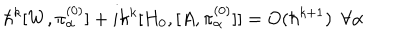
\hbar ^ { k } [ W , \pi _ { \alpha } ^ { ( 0 ) } ] + i \hbar ^ { k } [ H _ { 0 } , [ A , \pi _ { \alpha } ^ { ( 0 ) } ] ] = O ( \hbar ^ { k + 1 } ) ~ ~ \forall \alpha